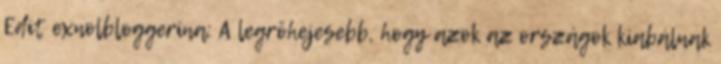
Edit exnolbloggerina: A legröhejesebb, hogy azok az országok kiabálnak